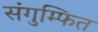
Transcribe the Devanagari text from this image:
संगुम्फित